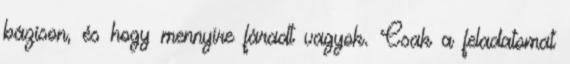
bázison, és hogy mennyire fáradt vagyok. Csak a feladatomat